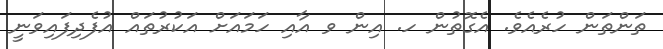
ތަންތަން ހުރެއެވެ. އެގޮތުން ހ. އިން ވ އާއި ހަމައަށް އަކުރުތައް އުފެދިފައިވަނީ